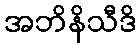
အဘိနိသီဒိ